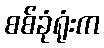
စစ်ခုံရုံးက